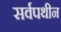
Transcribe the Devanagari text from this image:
सर्वपथीन